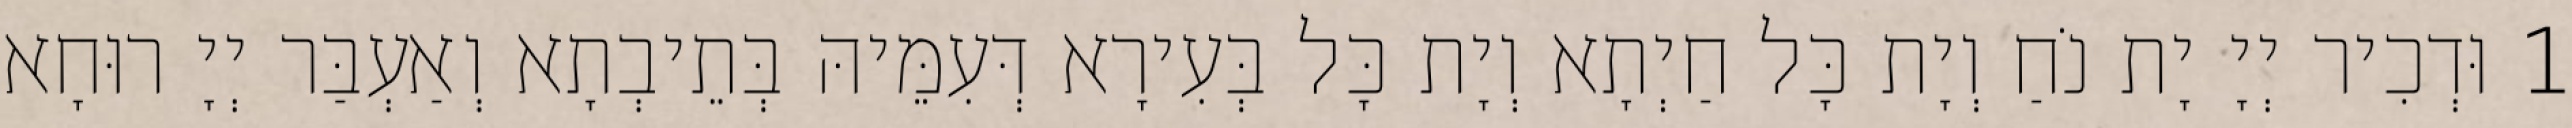
1 וּדְכִיר יְיָ יָת נֹחַ וְיָת כָּל חַיְתָא וְיָת כָּל בְּעִירָא דְּעִמֵּיהּ בְּתֵיבְתָא וְאַעְבַּר יְיָ רוּחָא